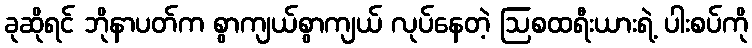
ခုဆိုရင် ဘိုနာပတ်က စွာကျယ်စွာကျယ် လုပ်နေတဲ့ ဩစထရီးယားရဲ့ ပါးစပ်ကို